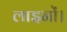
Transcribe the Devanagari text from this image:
लाइनों।